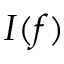
I ( f )